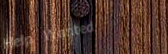
Help Wanted